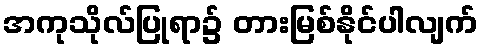
အကုသိုလ်ပြုရာ၌ တားမြစ်နိုင်ပါလျက်